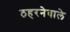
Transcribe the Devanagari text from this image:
ठहरनेवाले